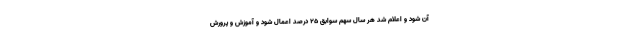
آن شود و اعلام شد هر سال سهم سوابق ۲۵ درصد اعمال شود و آموزش و پرورش